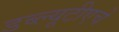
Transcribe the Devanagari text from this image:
डब्ल्यूटीएचे